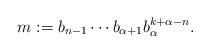
LaTeX: \begin{align*}m := b_{n-1} \cdots b_{\alpha+1} b_\alpha^{k+\alpha-n}.\end{align*}